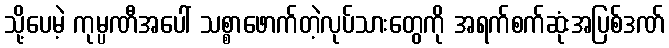
သို့ပေမဲ့ ကုမ္ပဏီအပေါ် သစ္စာဖောက်တဲ့လုပ်သားတွေကို အရက်စက်ဆုံးအပြစ်ဒဏ်